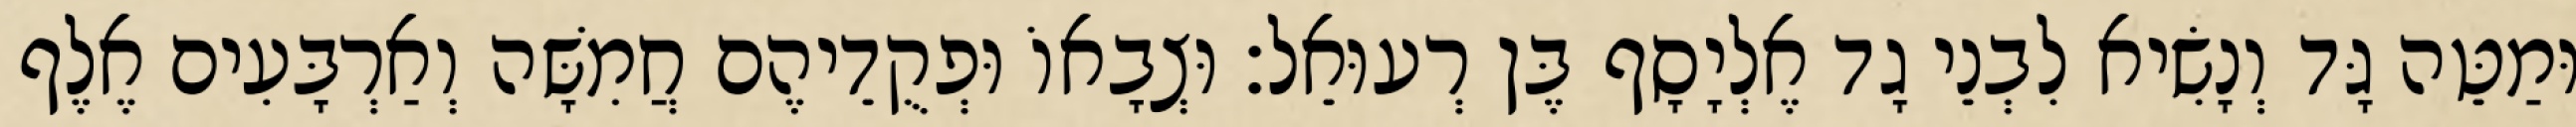
וּמַטֵּה גָּד וְנָשִׂיא לִבְנֵי גָד אֶלְיָסָף בֶּן רְעוּאֵל׃ וּצְבָאוֹ וּפְקֻדֵיהֶם חֲמִשָּׁה וְאַרְבָּעִים אֶלֶף